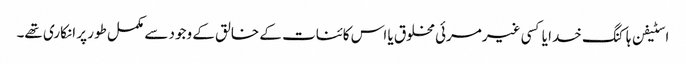
اسٹیفن ہاکنگ خدا یا کسی غیرمرئی مخلوق یا اس کائنات کے خالق کے وجود سے مکمل طور پر انکاری تھے۔